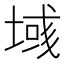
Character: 𫮓